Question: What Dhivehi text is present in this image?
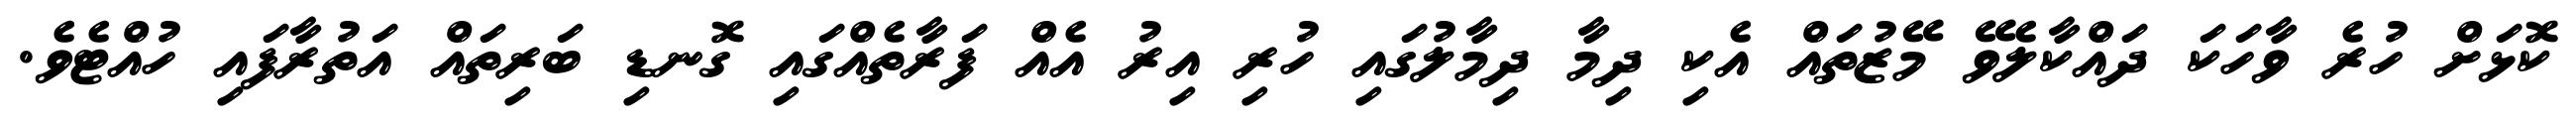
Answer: ކޮޅަށް ހުރެ ވާހަކަ ދައްކާލެވޭ މޭޒުތައް އެކި ދިމާ ދިމާލުގައި ހުރި އިރު އެއް ފަރާތެއްގައި ގޮނޑި ބަރިތައް އަތުރާފައި ހުއްޓެވެ.